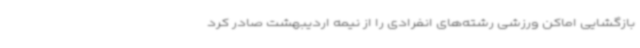
بازگشایی اماکن ورزشی رشته‌های انفرادی را از نیمه اردیبهشت صادر کرد